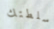
سلطتك